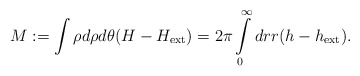
\begin{align*}M:= \int \rho d\rho d\theta(H-H_{\rm ext}) = 2\pi\int\limits_{0}^{\infty}dr r (h - h_{\rm ext}).\end{align*}